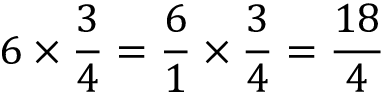
6 \times { \frac { 3 } { 4 } } = { \frac { 6 } { 1 } } \times { \frac { 3 } { 4 } } = { \frac { 1 8 } { 4 } }